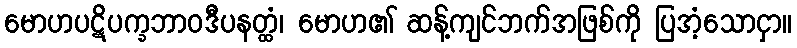
မောဟပဋိပက္ခဘာဝဒီပနတ္ထံ၊ မောဟ၏ ဆန့်ကျင်ဘက်အဖြစ်ကို ပြအံ့သောငှာ။